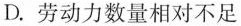
D.劳动力数量相对不足